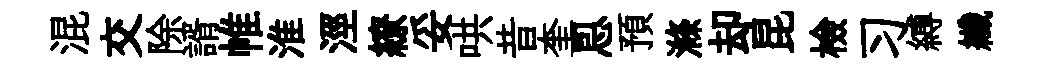
混交除諝帷淮涇繚妥哄昔奎㤙預滌却昆檢习縛纖